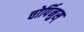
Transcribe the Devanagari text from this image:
चोर्पिनुस्